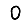
Digit: 0